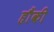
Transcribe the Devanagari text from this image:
हौंकी